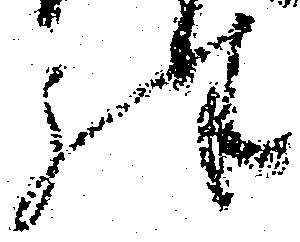
殊